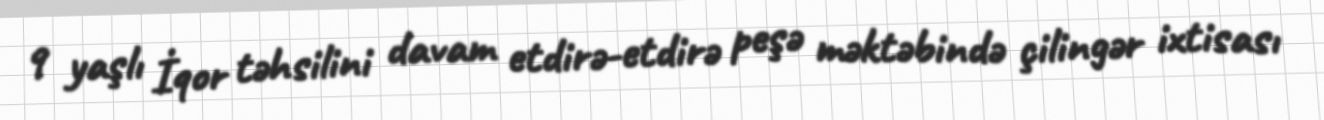
9 yaşlı İqor təhsilini davam etdirə-etdirə peşə məktəbində çilingər ixtisası